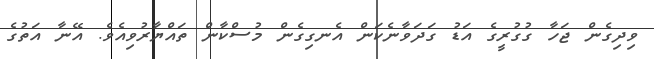
ވިދިގެން ޖަހާ ގުގުރީގެ އަޑު ގަދަވާނެކަން އެނގިގެން މުސްކާން ތައްޔާރުވިއެވެ. އޭނާ އަތުގެ